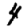
Digit: 4